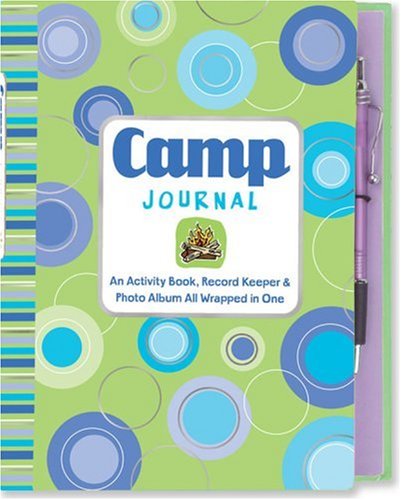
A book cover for Camp Journal: An Activity Book, Record Keeper, & Photo Album All Wrapped in One (Activity Book Series); Susan Hood; Children's Books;